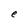
Character: e